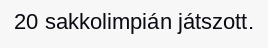
20 sakkolimpián játszott.